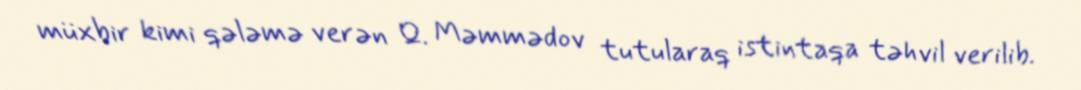
müxbir kimi qələmə verən Q. Məmmədov tutularaq istintaqa təhvil verilib.